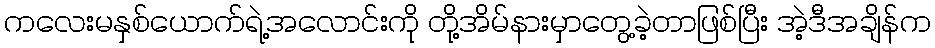
ကလေးမနှစ်ယောက်ရဲ့အလောင်းကို တို့အိမ်နားမှာတွေ့ခဲ့တာဖြစ်ပြီး အဲ့ဒီအချိန်က